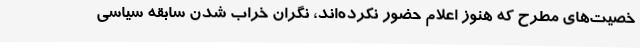
خصیت‌های مطرح که هنوز اعلام حضور نکرده‌اند، نگران خراب شدن سابقه سیاسی